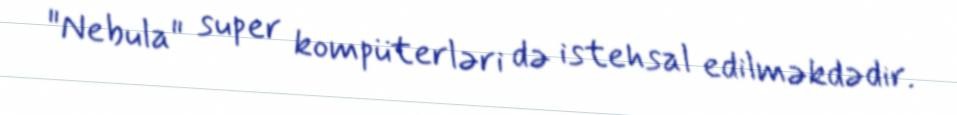
"Nebula" super kompüterləri də istehsal edilməkdədir.